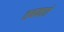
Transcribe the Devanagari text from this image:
तबकाते